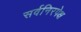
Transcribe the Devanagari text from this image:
सर्वनिरपेक्ष